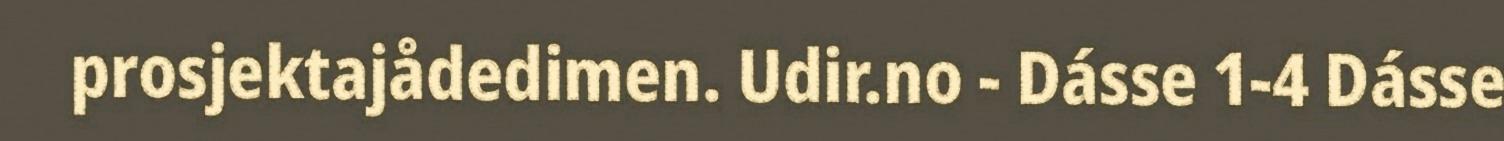
prosjektajådedimen. Udir.no - Dásse 1-4 Dásse